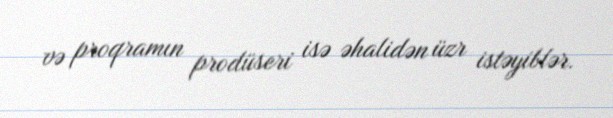
və proqramın prodüseri isə əhalidən üzr istəyiblər.